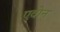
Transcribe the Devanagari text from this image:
एवोन